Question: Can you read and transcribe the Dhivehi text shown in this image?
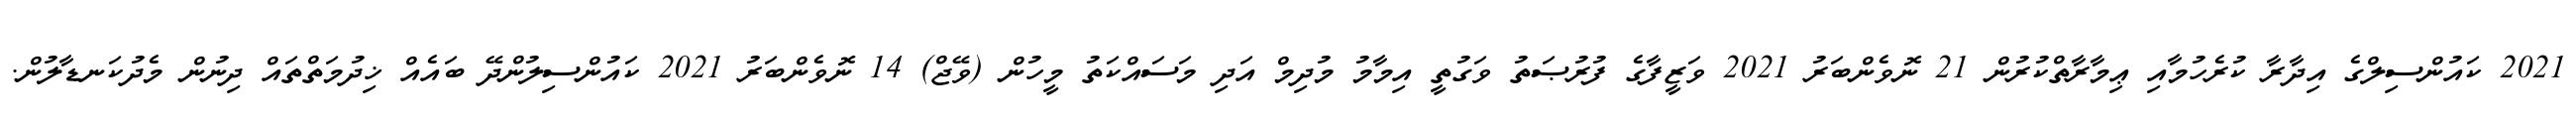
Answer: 2021 ކައުންސިލްގެ އިދާރާ ކުރެހުމާއި ޢިމާރާތްކުރުން 21 ނޮވެންބަރު 2021 ވަޒީފާގެ ފުރުޞަތު ވަގުތީ އިމާމު މުދިމް އަދި މަސައްކަތު މީހުން (ވޭޖް) 14 ނޮވެންބަރު 2021 ކައުންސިލުންދޭ ބައެއް ޚިދުމަތްތައް ދިނުން މެދުކަނޑާލުން.